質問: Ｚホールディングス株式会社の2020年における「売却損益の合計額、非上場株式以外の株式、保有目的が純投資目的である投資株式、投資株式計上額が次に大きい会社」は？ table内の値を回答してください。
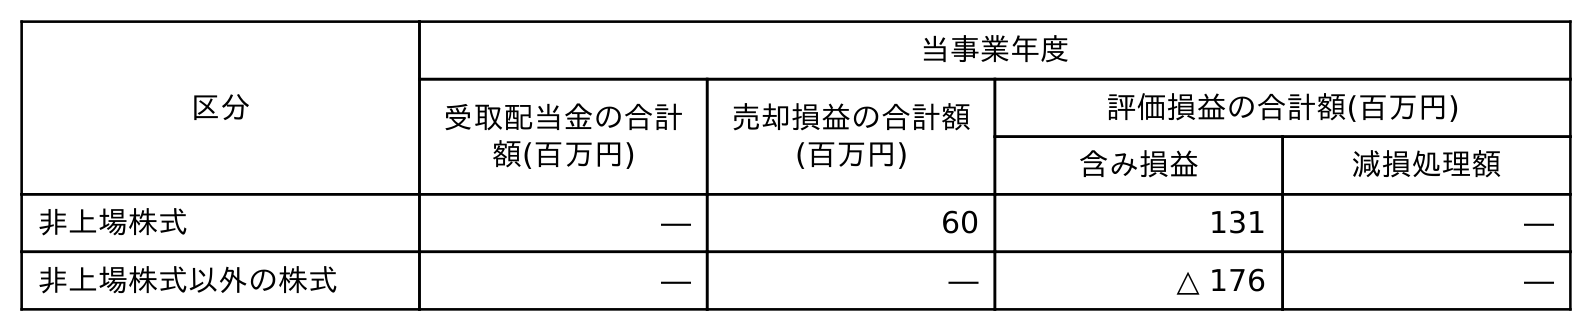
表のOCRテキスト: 区分 当事業年度 受取配当金の合計 額(百万円) 売却損益の合計額 (百万円) 評価損益の合計額(百万円) 含み損益 減損処理額 非上場株式 ― 60 131 ― 非上場株式以外の株式 ― ― △ 176 ―
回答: ―